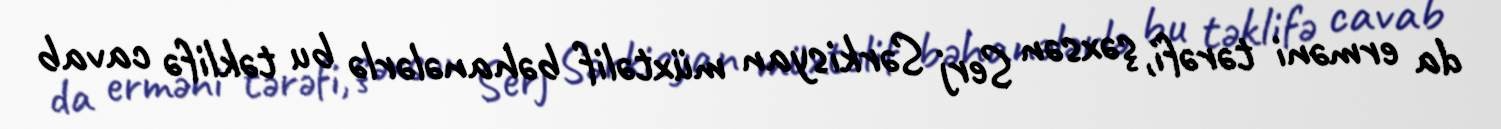
da erməni tərəfi, şəxsən Serj Sərkisyan müxtəlif bəhanələrlə bu təklifə cavab